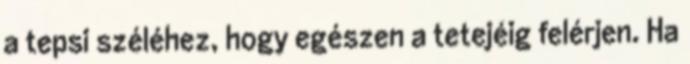
a tepsi széléhez, hogy egészen a tetejéig felérjen. Ha